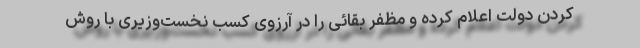
کردن دولت اعلام کرده و مظفر بقائی را در آرزوی کسب نخست‌وزیری با روش